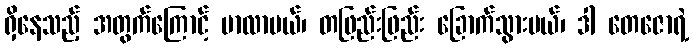
ရှိနေသည့် အတွက်ကြောင့် မာလာမယ်၊ တဖြည်းဖြည်း ခြောက်သွားမယ်၊ ဒါ တေဇောရဲ့